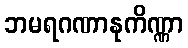
ဘမရဂဏာနုကိဏ္ဏာ